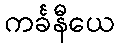
ကင်္ခနီယေ